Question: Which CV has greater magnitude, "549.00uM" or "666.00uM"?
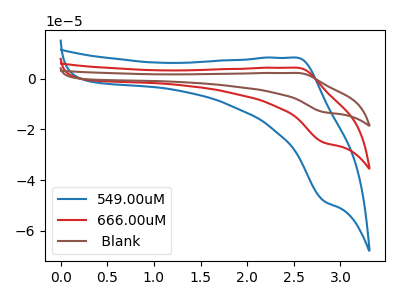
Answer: <think>The blue curve "549.00uM" has an anodic peak at (2.55V, 8.30uA) and a cathodic peak at (2.80V, -48.30uA). The red curve "666.00uM" has an anodic peak at (2.55V, 4.35uA) and a cathodic peak at (2.80V, -25.25uA). The brown curve " Blank" has an anodic peak at (2.55V, 8.70uA) and a cathodic peak at (2.80V, -50.45uA).
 All the peaks in "549.00uM" have a peak in "666.00uM" at the same potential. Every peak in "549.00uM" is higher than every peak in "666.00uM".</think>
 <answer>"549.00uM" has more signal than "666.00uM".</answer>
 <eval>more_signal</eval>